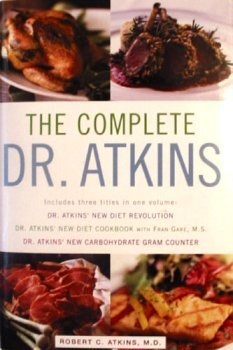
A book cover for The Complete Dr. Atkins by Robert C. Atkins (2003) Hardcover; Robert C. Atkins; Health, Fitness & Dieting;